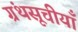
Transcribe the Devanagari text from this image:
ग्रंथसूचीयाँ